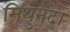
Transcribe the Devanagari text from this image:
मिथुनदा